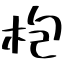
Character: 枹